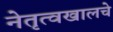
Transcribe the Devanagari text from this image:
नेतृत्वखालचे